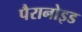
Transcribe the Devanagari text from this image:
पैरानोइड